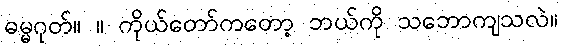
ဓမ္မဂုတ်။ ။ ကိုယ်တော်ကတော့ ဘယ်ကို သဘောကျသလဲ။